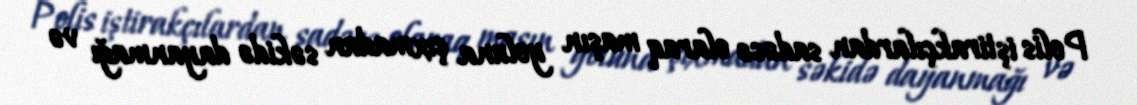
Polis iştirakçılardan sadəcə olaraq maşın yoluna çıxmadan səkidə dayanmağı və